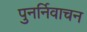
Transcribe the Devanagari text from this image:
पुनर्निवाचन